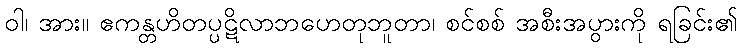
ဝါ၊ အား။ ဧကန္တဟိတပ္ပဋိလာဘဟေတုဘူတာ၊ စင်စစ် အစီးအပွားကို ရခြင်း၏